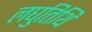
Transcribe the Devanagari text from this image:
लघुतिथि